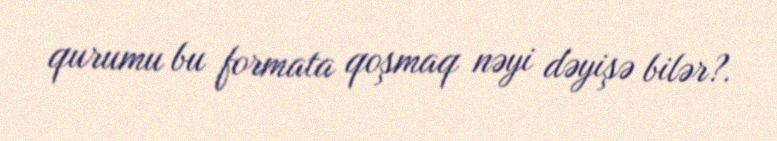
qurumu bu formata qoşmaq nəyi dəyişə bilər?.